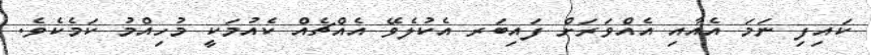
ކައިފި ނަމަ އެއާއި އެއްވަރަށް ފައިބަރ އެކުލެވޭ އެއްޗެއް ކެއުމަކީ މުހިއްމު ކަމެކެވެ.